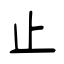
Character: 止